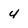
Character: 4